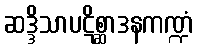
ဆဒ္ဒိသာပဋိစ္ဆာဒနကဏ္ဍံ